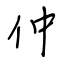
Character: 仲